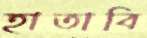
হাতাবি